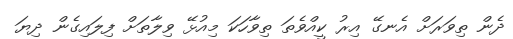
ދެން ތިވަރަށް އެނގޭ އިރު ކީއްވެތަ ތިވާހަކަ މިއުޅޭ ވިލާތަށް ފިލައިގެން ދިޔަ